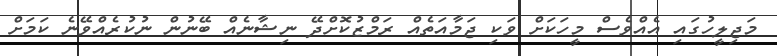
މަޖިލީހުގައި އެއްވެސް މީހަކަށް ވަކި ޖަމާއަތެއް ރަމްޒުކޮށްދޭ ނިޝާނެއް ބޭނުން ނުކުރެއްވޭނެ ކަމަށް